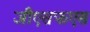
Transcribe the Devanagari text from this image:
जीएसफएस